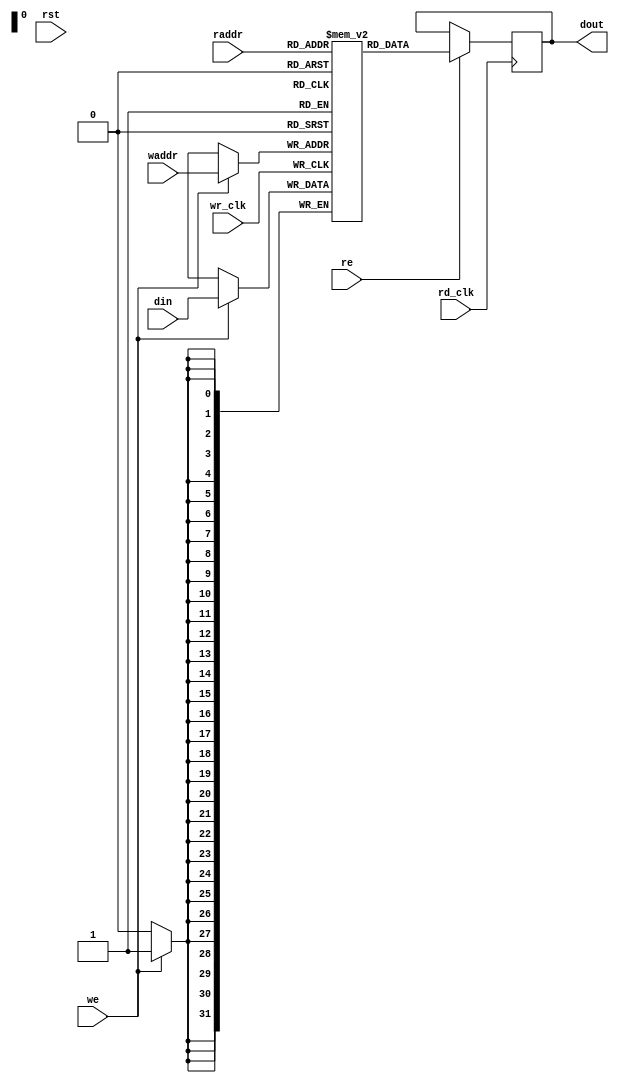
/**@file
 * Double port sync Write async Read RAM
 */

/*
 * OpenProcessor-X architecture (OpenPX)
 *
 * Copyleft (C) 2016, the 1st Middle School in Yongsheng,Lijiang,China
 * This file is part of OpenPX (Open Processor-X architecture)
 * project. It is a free item; you can redistribute it and/or modify it
 * under the terms of the GNU General Public License (GPL), in version 2
 * as it comes in the "COPYING" file of the OpenPX distribution. OpenPX
 * is distributed in the hope that it will be useful,
 * but WITHOUT ANY WARRANTY of any kind.
 */

module dpram_aclk
#(
    parameter ADDR_WIDTH = 32,
    parameter DATA_WIDTH = 32,
    parameter CLEAR_ON_INIT = 1,
    parameter ENABLE_BYPASS = 0,
    parameter STATE_KEEP = 1'b1
)
(
    wr_clk,
    rd_clk,
    rst,
    raddr,
    re,
    waddr,
    we,
    din,
    dout
);

/*
 Ports
 */
input                           wr_clk;
input                           rd_clk;
input                           rst;
input [ADDR_WIDTH-1:0]          raddr;
input                           re;
input [ADDR_WIDTH-1:0]          waddr;
input                           we;
input [DATA_WIDTH-1:0]          din;
output [DATA_WIDTH-1:0]         dout;
    
/*
 Internals
 */
reg [DATA_WIDTH-1:0]            mem[(1<<ADDR_WIDTH)-1:0];
reg [DATA_WIDTH-1:0]            rdata=0;
reg                             re_r;
wire [DATA_WIDTH-1:0]           dout_w;

    /*
     reset in verification
     */
generate
  if(CLEAR_ON_INIT) begin :clear_on_init
    integer               idx;
    initial
    for(idx=0; idx < (1<<ADDR_WIDTH); idx=idx+1)
        mem[idx] = {DATA_WIDTH{1'b0}};
  end
endgenerate

    /*
     bypass control
     */
generate
  if (ENABLE_BYPASS) begin : bypass_gen
    assign dout_w = (waddr == raddr && we && re) ? din : rdata;
  end else begin
    assign dout_w = rdata;
  end
endgenerate


assign dout = (re | STATE_KEEP) ? dout_w : {DATA_WIDTH{1'b0}};
 
/*
 R logic
 */

always @(posedge rd_clk)
  if (rst) begin
      re_r <= 1'b0;
  end else
      re_r <= re;

always @(posedge rd_clk) begin
    if (re)
        rdata <= mem[raddr];
    else
        if (!STATE_KEEP)
          rdata = {DATA_WIDTH{1'b0}};
end

/*
 W logic
 */
always @(posedge wr_clk) begin
    if (we)
        mem[waddr] <= din;
end

endmodule